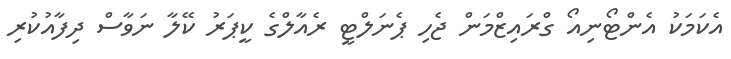
އެކަމަކު އެންޓޯނިއޯ ގްރައިޒްމަން ޖެހި ޕެނަލްޓީ ރެއާލްގެ ކީޕަރު ކޭލާ ނަވާސް ދިފާއުކުރި